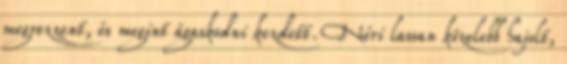
megrezzent, és megint ágaskodni kezdett. Nóri lassan közelebb hajolt,